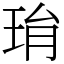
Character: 㻆